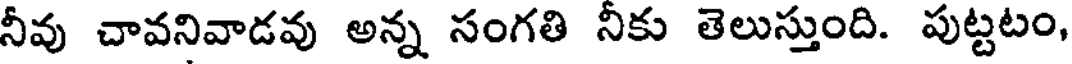
నీవు చావనివాడవు అన్న సంగతి నీకు తెలుస్తుంది. పుట్టటం,